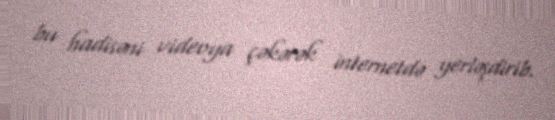
bu hadisəni videoya çəkərək internetdə yerləşdirib.